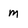
Character: m